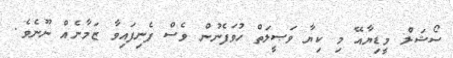
ސޯޝަލް މީޑިޔާއޭ މި ކިޔާ ވަޞީލަތް ހުވަފެނުން ވެސް ފެނިފައިވާ ޒަމާނެއް ނޫނެވެ.